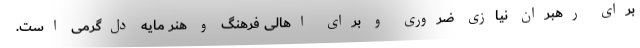
برای رهبران نیازی ضروری و برای اهالی فرهنگ و هنر مایه دل‌گرمی است.